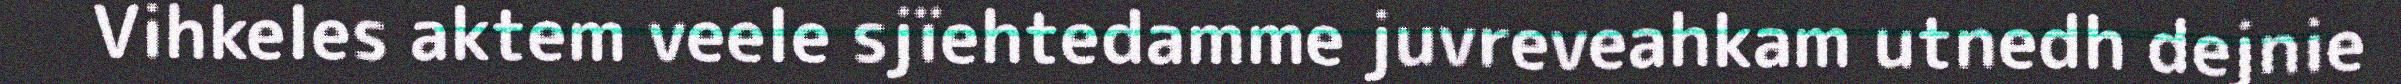
Vihkeles aktem veele sjïehtedamme juvreveahkam utnedh dejnie